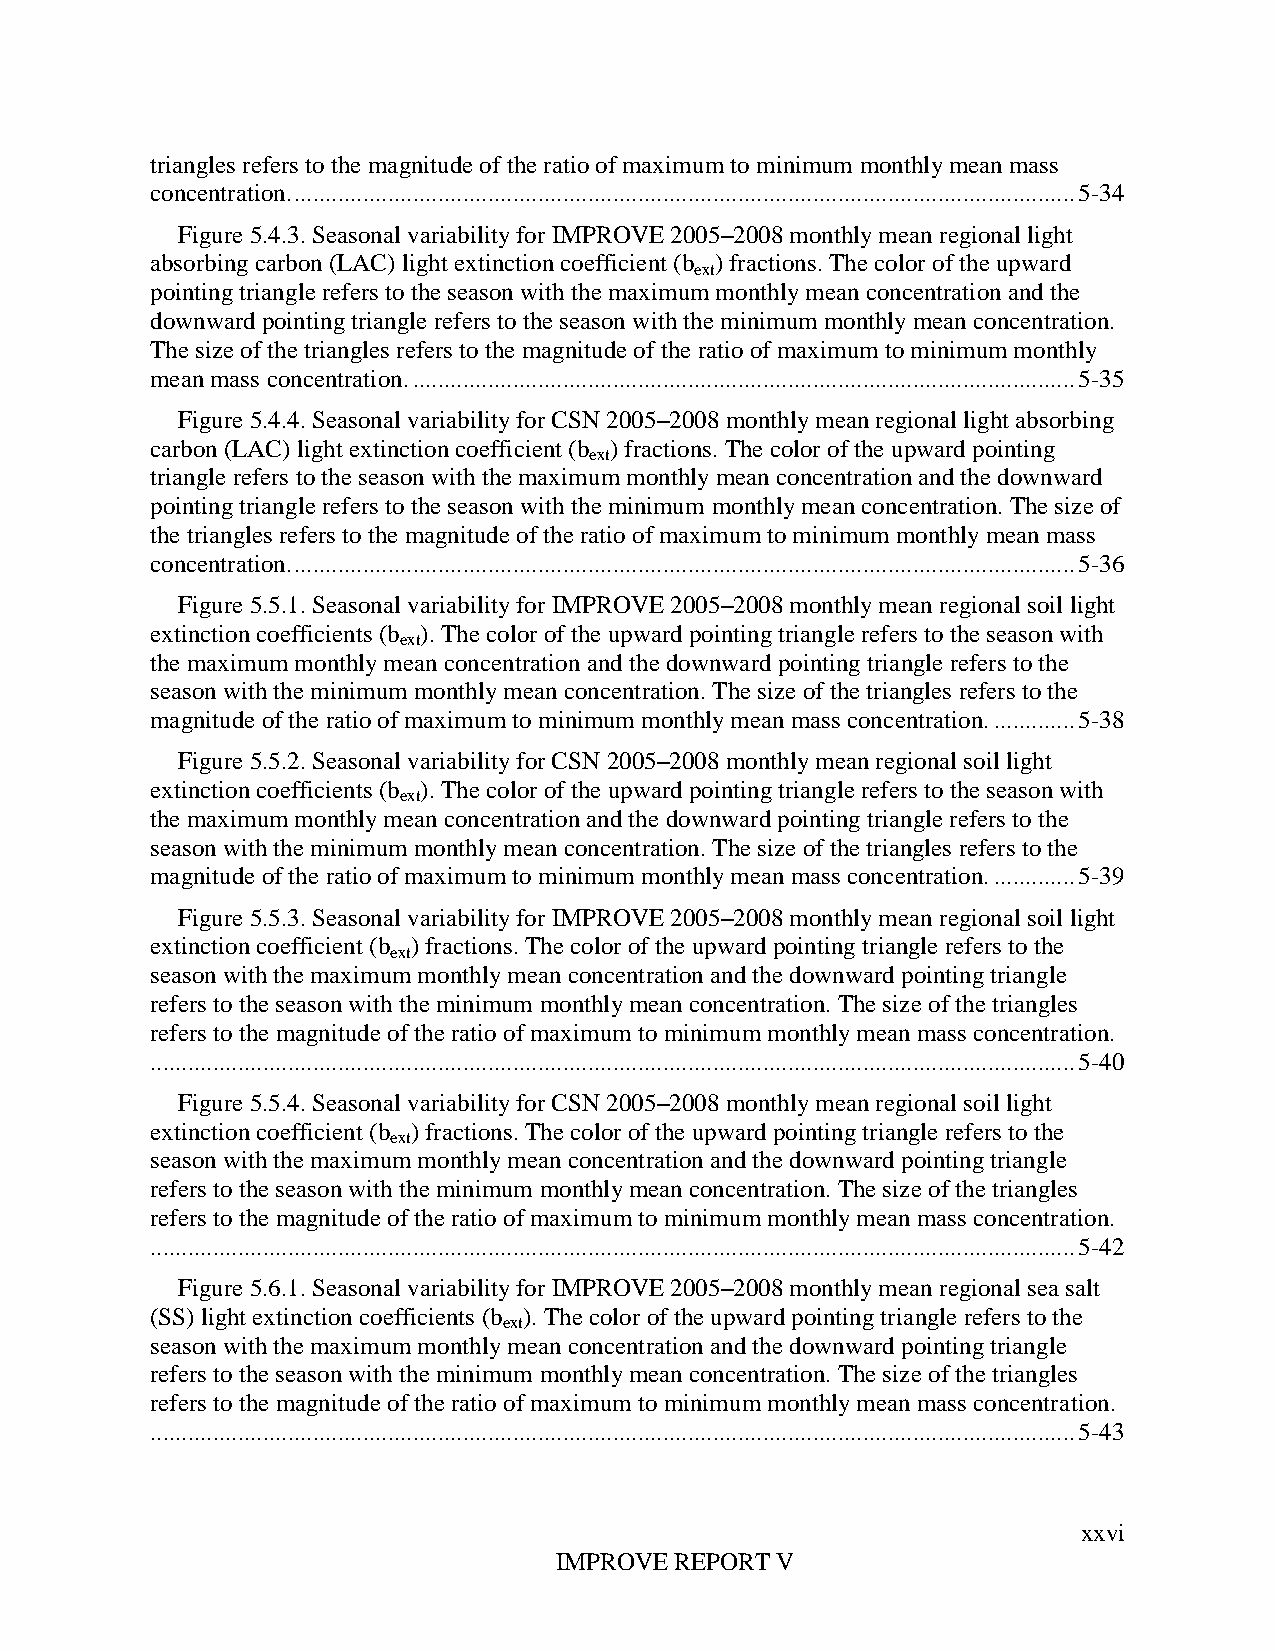
triangles refers to the magnitude of the ratio of maximum to minimum monthly mean mass
 concentration. ............................................................................................................................. 5-34
 Figure 5.4.3. Seasonal variability for IMPROVE 2005–2008 monthly mean regional light
 absorbing carbon (LAC) light extinction coefficient (b ) fractions. The color of the upward
 ext
 pointing triangle refers to the season with the maximum monthly mean concentration and the
 downward pointing triangle refers to the season with the minimum monthly mean concentration.
 The size of the triangles refers to the magnitude of the ratio of maximum to minimum monthly
 mean mass concentration. .......................................................................................................... 5-35
 Figure 5.4.4. Seasonal variability for CSN 2005–2008 monthly mean regional light absorbing
 carbon (LAC) light extinction coefficient (b ) fractions. The color of the upward pointing
 ext
 triangle refers to the season with the maximum monthly mean concentration and the downward
 pointing triangle refers to the season with the minimum monthly mean concentration. The size of
 the triangles refers to the magnitude of the ratio of maximum to minimum monthly mean mass
 concentration. ............................................................................................................................. 5-36
 Figure 5.5.1. Seasonal variability for IMPROVE 2005–2008 monthly mean regional soil light
 extinction coefficients (b ). The color of the upward pointing triangle refers to the season with
 ext
 the maximum monthly mean concentration and the downward pointing triangle refers to the
 season with the minimum monthly mean concentration. The size of the triangles refers to the
 magnitude of the ratio of maximum to minimum monthly mean mass concentration. ............. 5-38
 Figure 5.5.2. Seasonal variability for CSN 2005–2008 monthly mean regional soil light
 extinction coefficients (b ). The color of the upward pointing triangle refers to the season with
 ext
 the maximum monthly mean concentration and the downward pointing triangle refers to the
 season with the minimum monthly mean concentration. The size of the triangles refers to the
 magnitude of the ratio of maximum to minimum monthly mean mass concentration. ............. 5-39
 Figure 5.5.3. Seasonal variability for IMPROVE 2005–2008 monthly mean regional soil light
 extinction coefficient (b ) fractions. The color of the upward pointing triangle refers to the
 ext
 season with the maximum monthly mean concentration and the downward pointing triangle
 refers to the season with the minimum monthly mean concentration. The size of the triangles
 refers to the magnitude of the ratio of maximum to minimum monthly mean mass concentration.
 .................................................................................................................................................... 5-40
 Figure 5.5.4. Seasonal variability for CSN 2005–2008 monthly mean regional soil light
 extinction coefficient (b ) fractions. The color of the upward pointing triangle refers to the
 ext
 season with the maximum monthly mean concentration and the downward pointing triangle
 refers to the season with the minimum monthly mean concentration. The size of the triangles
 refers to the magnitude of the ratio of maximum to minimum monthly mean mass concentration.
 .................................................................................................................................................... 5-42
 Figure 5.6.1. Seasonal variability for IMPROVE 2005–2008 monthly mean regional sea salt
 (SS) light extinction coefficients (b ). The color of the upward pointing triangle refers to the
 ext
 season with the maximum monthly mean concentration and the downward pointing triangle
 refers to the season with the minimum monthly mean concentration. The size of the triangles
 refers to the magnitude of the ratio of maximum to minimum monthly mean mass concentration.
 .................................................................................................................................................... 5-43
 xxvi
 IMPROVE REPORT V